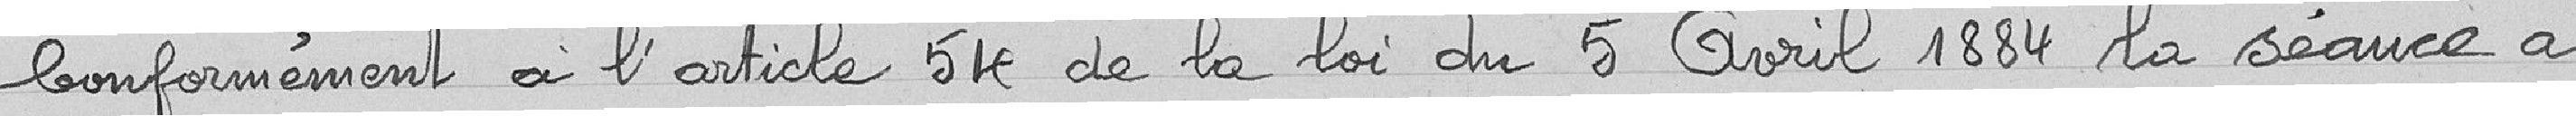
Conformément à l'article 54 de la loi du 5 avril 1884, la séance a